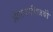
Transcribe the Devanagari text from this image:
अँडरसनविजयी